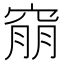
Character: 𥦜